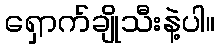
ရှောက်ချိုသီးနဲ့ပါ။